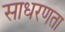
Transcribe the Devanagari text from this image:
साधरणता